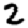
Digit: 2